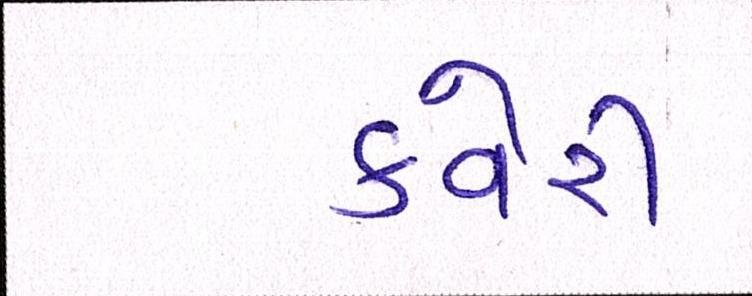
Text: કવેરી